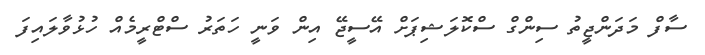
ސާފް މަދަންޖީތު ސިންގް ސްކޮލަޝިޕަށް އޭސީޖޭ އިން ވަނީ ހަތަރު ސްޓްރީމެއް ހުޅުވާލައިފަ